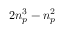
2 \ensuremath { n _ { p } } ^ { 3 } - \ensuremath { n _ { p } } ^ { 2 }